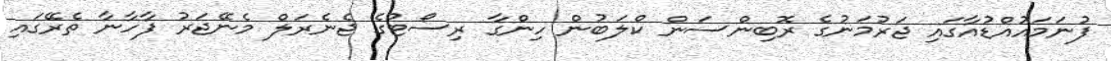
ފުނަމައުއްޑުއާގައި ޖަރުމަނުގެ ރޮބިންސަން ކްލަބުން ހިންގާ ރިސޯޓުގެ ޖެނެރަލް މެނޭޖަރު ފާހާނާ ތެރޭގައި